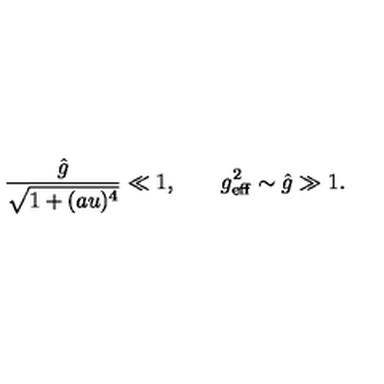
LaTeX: \frac { \hat { g } } { \sqrt { 1 + ( a u ) ^ { 4 } } } \ll 1 , \qquad g _ { \mathrm { e f f } } ^ { 2 } \sim \hat { g } \gg 1 .